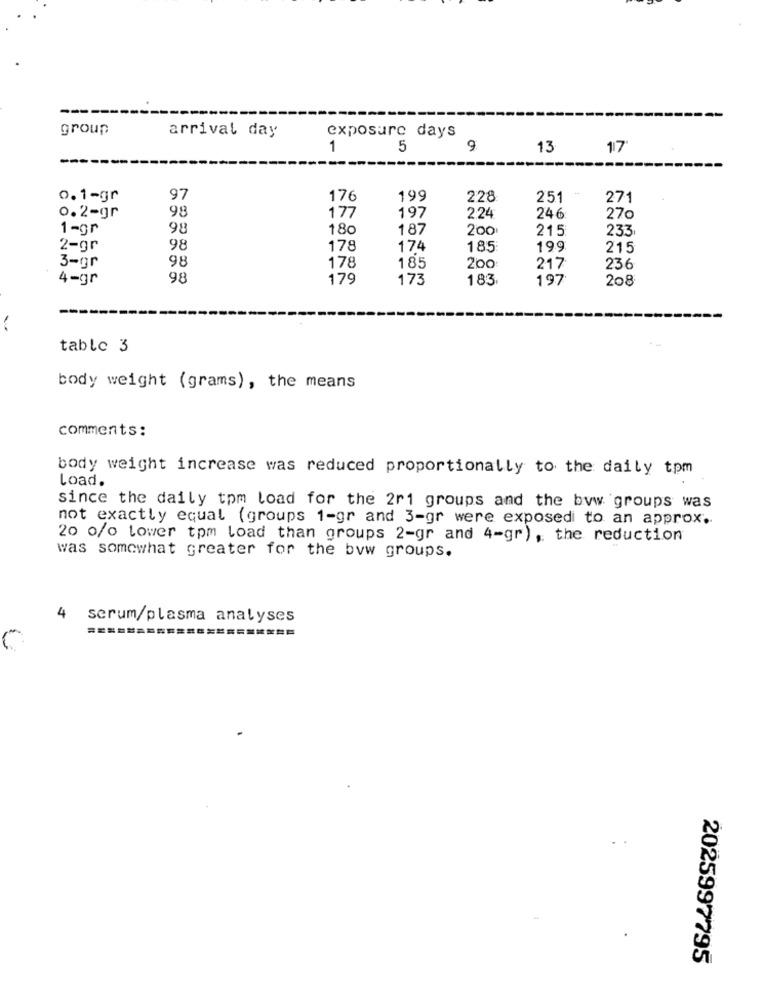
group
arrival day
exposure days
1
5
9
13
17
--
0.1-gr
97
176
199
228
251
271
98
0.2-gr
177
197
2.24
246
270
1-gr
98
180
187
200
215
233
2-gr
98
178
174
185
199
215
98
3-gr
178
185
200
217
236
4-gr
98
179
173
183
197
208
table 3
body weight (grams), the means
comments:
body weight increase was reduced proportionally to the daily tom
load.
since the daily tpm load for the 2r1 groups and the byw groups was
not exactly equal (groups 1-gr and 3-gr were exposedi to an approx.
20 0/o lower tpm load than groups 2-gr and 4-gr), the reduction
was somewhat greater for the bvw groups.
4
scrum/plasma analyses
2025997795